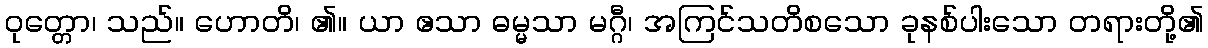
ဝုတ္တော၊ သည်။ ဟောတိ၊ ၏။ ယာ ဧသာ ဓမ္မသာ မဂ္ဂီ၊ အကြင်သတိစသော ခုနစ်ပါးသော တရားတို့၏